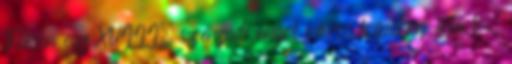
Tolkien egy XVIII. századi angol város képében írta le,